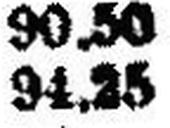
94.25